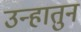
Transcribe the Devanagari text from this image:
उन्हातुन